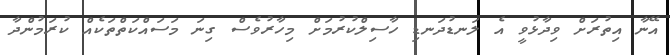
އޭނާ އިތުރަށް ވިދާޅުވީ އެ ލަނޑުދަނޑި ހާސިލްކުރުމަށް މިހާރުވެސް ގިނަ މަސައްކަތްތަކެއް ކުރަމުންދާ